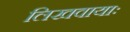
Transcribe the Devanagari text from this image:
लिखवायाः